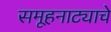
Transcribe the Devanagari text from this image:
समूहनाट्याचे